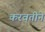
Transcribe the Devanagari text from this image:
करवतीने